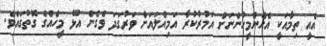
އެއީ ތިމާއަކީ އެހެންމީހުންނަށް އަމުރުކުރާ އަމިއްލައަށް ވަރުގަދަ ވެގެން އުޅޭ މީހެއްގެ ގޮތުގައެވެ.